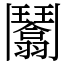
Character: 𩰙